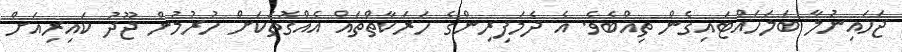
ޖަހައިނުލާ ބަލަހައްޓައިގެން ތިއްބެވެ. އެ ދެމަފިރިންގެ ހަރަކާތްތައް އެއްގޮތަކަށް ހުރުމުން ޖޫދު ކައިރިއަށް